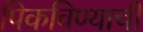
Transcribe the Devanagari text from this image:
पिकविण्याची